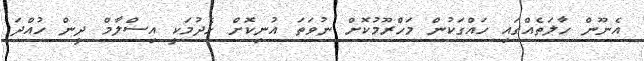
އެނޫން ހާލަތެއްގައި ހައްގަކުން މަހްރޫމުކޮށް ނުވަތަ އުނިކޮށް ހެދުމަކީ އިސްލާމް ދީން ހުއްދަ